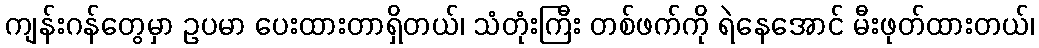
ကျန်းဂန်တွေမှာ ဥပမာ ပေးထားတာရှိတယ်၊ သံတုံးကြီး တစ်ဖက်ကို ရဲနေအောင် မီးဖုတ်ထားတယ်၊